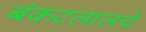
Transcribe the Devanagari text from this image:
बंकटलालचे